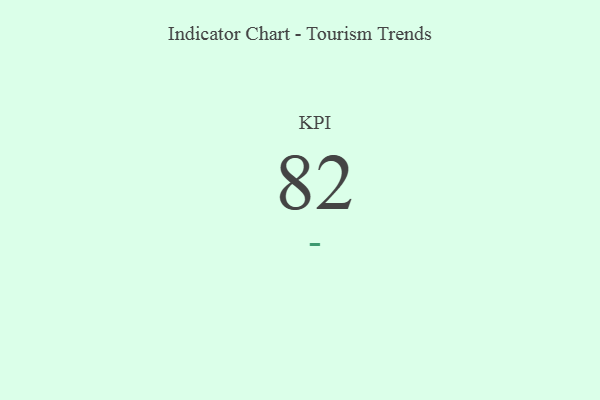
{"axis": {"x": "KPI", "y": "Value"}, "legend": [""], "data": [{"x": "KPI", "y": 82, "type": ""}]}